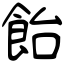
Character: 飴